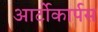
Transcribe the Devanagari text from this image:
आर्टोकार्पस